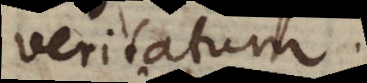
veritatum.